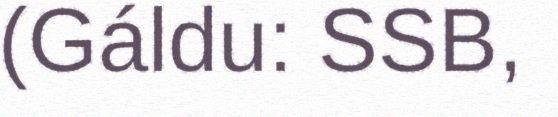
(Gáldu: SSB,